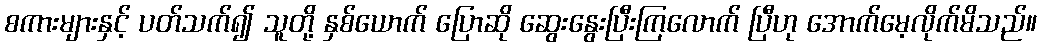
စကားများနှင့် ပတ်သက်၍ သူတို့ နှစ်ယောက် ပြောဆို ဆွေးနွေးပြီးကြလောက် ပြီဟု အောက်မေ့လိုက်မိသည်။